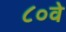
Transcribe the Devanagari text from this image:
८०वे